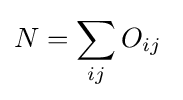
N=\sum _{ij}{O_{ij}}\;